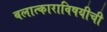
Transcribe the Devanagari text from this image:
बलात्काराविषयीची